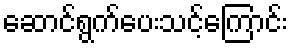
ဆောင်ရွက်ပေးသင့်ကြောင်း